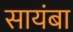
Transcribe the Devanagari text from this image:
सायंबा